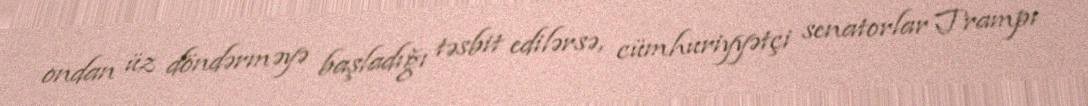
ondan üz döndərməyə başladığı təsbit edilərsə, cümhuriyyətçi senatorlar Trampı